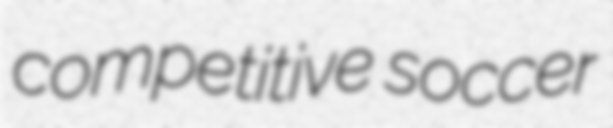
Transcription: competitive soccer